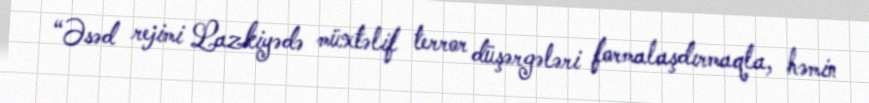
“Əsəd rejimi Lazkiyədə müxtəlif terror düşərgələri formalaşdırmaqla, həmin